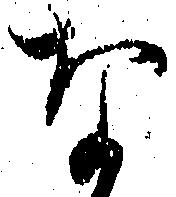
な